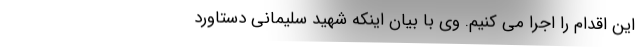
این اقدام را اجرا می کنیم. وی با بیان اینکه شهید سلیمانی دستاورد